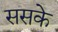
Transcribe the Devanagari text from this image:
ससके